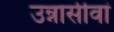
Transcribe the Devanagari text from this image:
उन्नासीवां